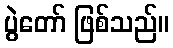
ပွဲတော် ဖြစ်သည်။